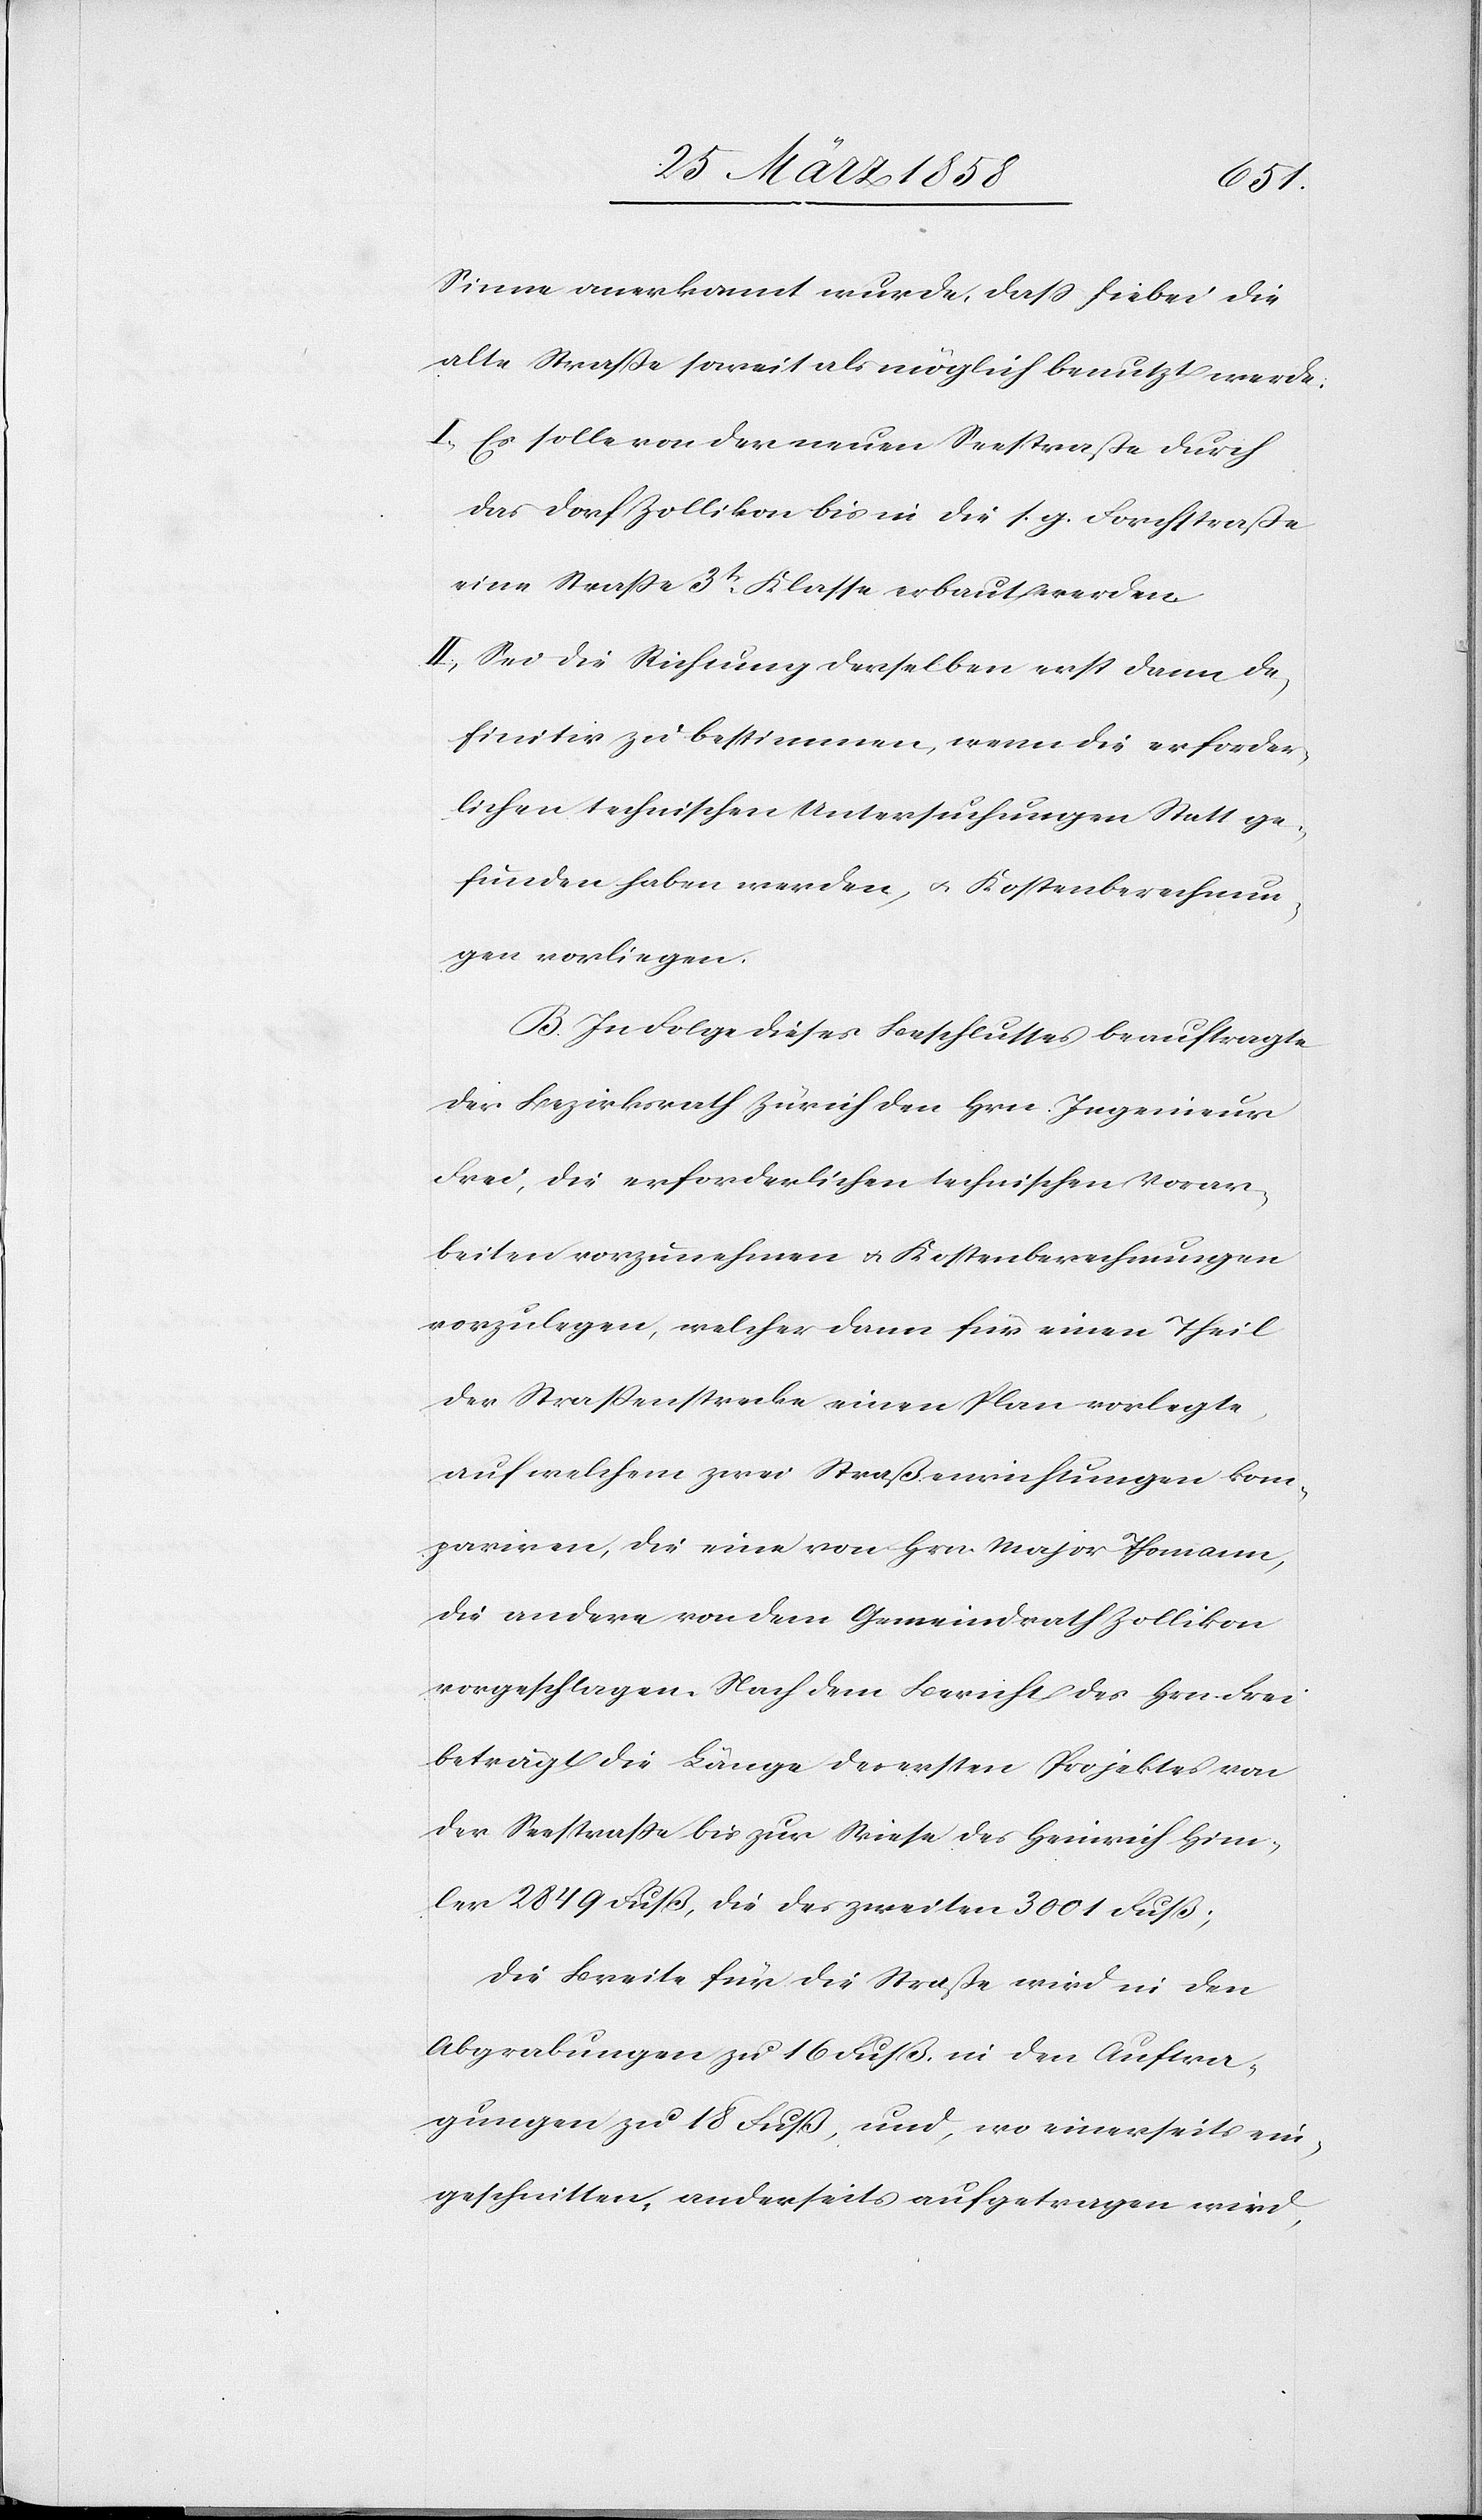
Vorar¬
Sinne anerkannt wurde, daß hiebei die
alte Straße soweit als möglich benutzt werde:
I.) Es solle von der neuen Seestraße durch
das Dorf Zollikon bis in die s. g. Forchstraße
eine Straße 3tr Klasse erbaut werden.
II.) Sei die Richtung derselben erst dann de¬
finitiv zu bestimmen, wenn die erforder¬
lichen technischen Untersuchungen Statt ge¬
funden haben werden, u. Kostenberechnun¬
gen vorliegen.
B. In Folge dieses Beschlusses beauftrage
der Bezirksrath Zürich den Hrn. Frei,
beiten vorzunehmen u. Kostenberechnungen
vorzulegen, welcher dann für einen Theil
der Straßenstrecke einen Plan vorlegte,
auf welchem zwei Straßenrichtungen kom¬
pariren, die eine von Hrn. Major Thomann,
die andere von dem Gemeindrath Zollikon
vorgeschlagen. Nach dem Bericht des Hrn. Frei
beträgt die Länge des ersten Projektes von
der Seestraße bis zur Wiese des Heinrich Himm¬
ler 2849 Fuß, die des zweiten 3001 Fuß;
Die Breite für die Straße wird in den
Abgrabungen zu 16 Fuß, in den Aufra¬
gungen zu 18 Fuß, und, wo einerseits ein¬
geschnitten, anderseits aufgetragen wird,